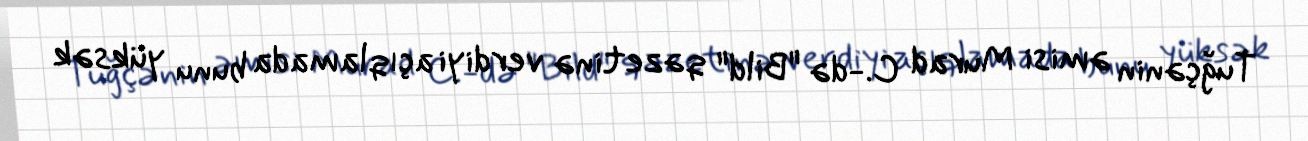
Tuğçənin əmisi Murad C.-də "Bild" qəzetinə verdiyi açıqlamada bunu yüksək